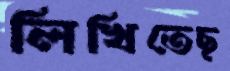
লিখিতেছ